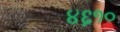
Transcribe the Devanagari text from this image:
४६१०